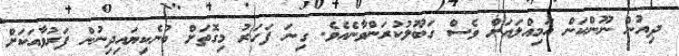
ދިއުން ނޫންކަން އަމިއްލައަށް ވެސް ގަބޫލުކުރަންވާނެއެވެ. ގިނަ ފަހަރު މިގޮތަށް ބުނެކިޔައިދިނުން ފަރުވާއަކަށް